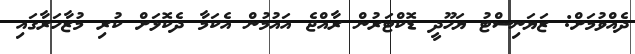
ދެއްވުމަށް: ޒަޔަނިސްޓު ޔަހޫދީ ޑޮކްޓަރުން ރާއްޖެ އައުމުން އެކަމާ ދެކޮޅަށް ކުރި މުޒާހަރާގައި